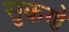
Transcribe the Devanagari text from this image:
सुकणे